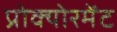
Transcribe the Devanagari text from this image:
प्रोक्योरमेंट